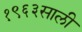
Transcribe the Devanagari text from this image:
१९६३साली